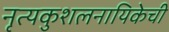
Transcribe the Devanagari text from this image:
नृत्यकुशलनायिकेची